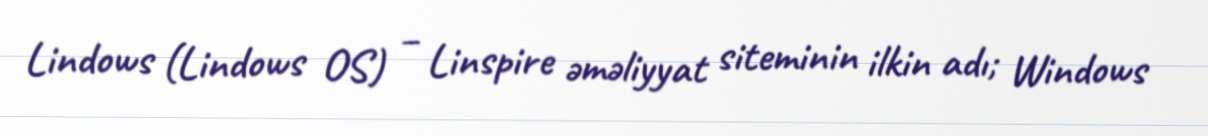
Lindows (Lindows OS) – Linspire əməliyyat siteminin ilkin adı; Windows